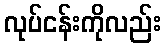
လုပ်ငန်းကိုလည်း